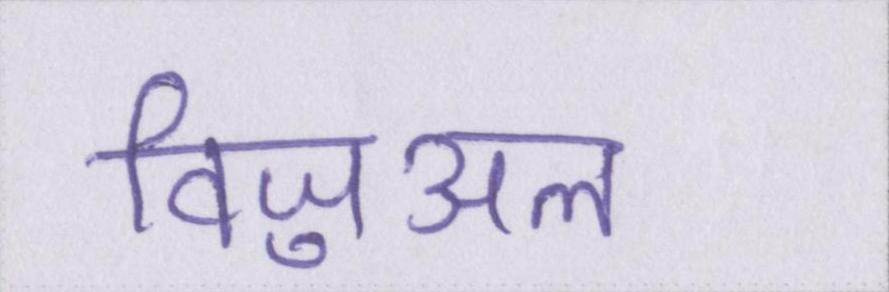
विजुअल